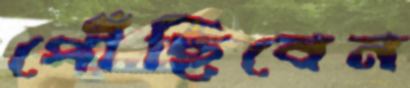
পৌঁছিবেন